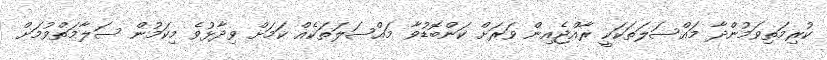
ކުރިމަތިވަމުންދާ މައްސަލަތަކަކީ ރާއްޖެއިން ވަރަށް ކަންބޮޑުވާ މައްސަލަތަކެއް ކަމަށް ވިދާޅުވެ މިކަމުން ސަލާމަތްވުމަށް